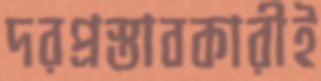
দরপ্রস্তাবকারীই